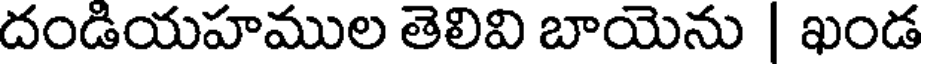
దండియహముల తెలివి బాయెను | ఖండ